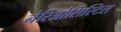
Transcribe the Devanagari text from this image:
नेरिओसिस्टिस